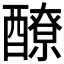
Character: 𨣀